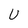
Character: U